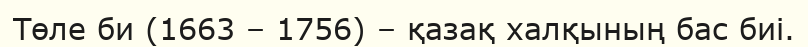
Төле би (1663 – 1756) – қазақ халқының бас биі.